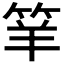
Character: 𥬴